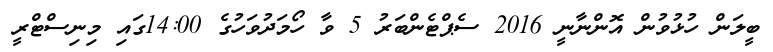
ބީލަން ހުޅުވުން އޮންނާނީ 2016 ސެޕްޓެންބަރު 5 ވާ ހޯމަދުވަހުގެ 14:00ގައި މިނިސްޓްރީ